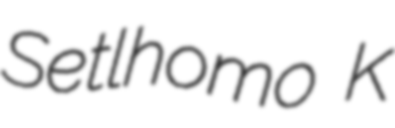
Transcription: Setlhomo K